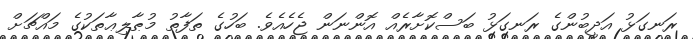
ރަނގަޅު އަދީބުންގެ ރަނގަޅު ބަސްކޮށާރެއް އޮންނަން ޖެހެއެވެ. ބަހުގެ ތަފާތު މުޠާލިޢާތަކުގެ މައްޗަށް